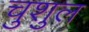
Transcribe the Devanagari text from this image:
चुशुल